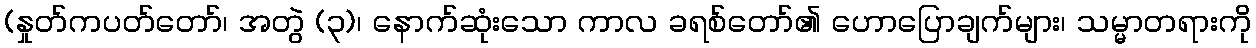
(နှုတ်ကပတ်တော်၊ အတွဲ (၃)၊ နောက်ဆုံးသော ကာလ ခရစ်တော်၏ ဟောပြောချက်များ၊ သမ္မာတရားကို